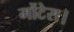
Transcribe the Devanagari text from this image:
मोंटेस।